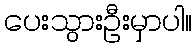
ပေးသွားဦးမှာပါ။